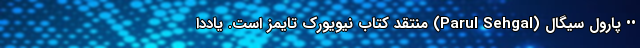
•• پارول سیگال (Parul Sehgal) منتقد کتاب نیویورک تایمز است. یاددا